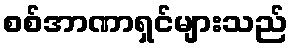
စစ်အာဏာရှင်များသည်